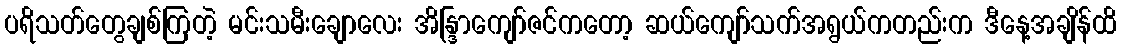
ပရိသတ်တွေချစ်ကြတဲ့ မင်းသမီးချောလေး အိန္ဒြာကျော်ဇင်ကတော့ ဆယ်ကျော်သက်အရွယ်ကတည်းက ဒီနေ့အချိန်ထိ